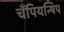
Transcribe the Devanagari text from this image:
चँपियन्षिप